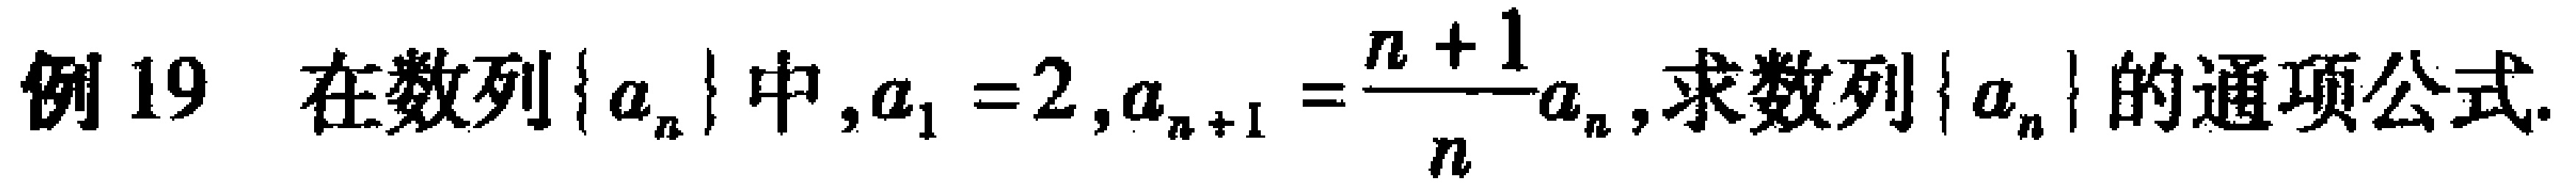
例 19 在数列\(\{ a_{n}\}\)中,\(a_{1}=2\),\(a_{n + 1}=\frac{n + 1}{n}a_{n}\),求数列\(\{ a_{n}\}\)的通项公式.